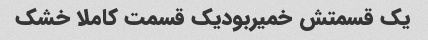
یک قسمتش خمیربودیک قسمت کاملا خشک